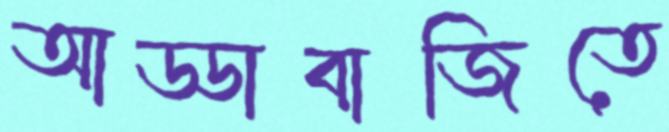
আড্ডাবাজিতে